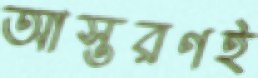
আস্তরণই